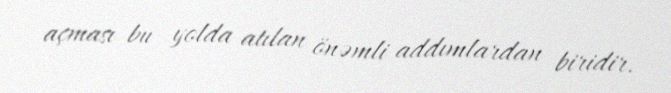
açması bu yolda atılan önəmli addımlardan biridir.